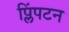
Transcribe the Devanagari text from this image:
प्लिंपटन